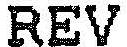
REV